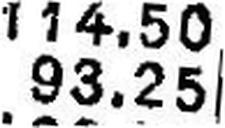
93.25